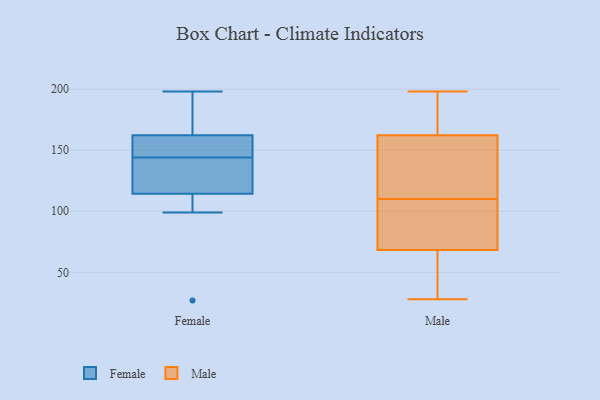
{"axis": {"x": "Bounce Rate (%)", "y": "Value"}, "legend": ["Female", "Male"], "data": [{"x": "", "y": 166, "type": "Female"}, {"x": "", "y": 198, "type": "Female"}, {"x": "", "y": 110, "type": "Female"}, {"x": "", "y": 27, "type": "Female"}, {"x": "", "y": 149, "type": "Female"}, {"x": "", "y": 144, "type": "Female"}, {"x": "", "y": 113, "type": "Female"}, {"x": "", "y": 118, "type": "Female"}, {"x": "", "y": 187, "type": "Female"}, {"x": "", "y": 99, "type": "Female"}, {"x": "", "y": 148, "type": "Female"}, {"x": "", "y": 149, "type": "Female"}, {"x": "", "y": 112, "type": "Female"}, {"x": "", "y": 151, "type": "Female"}, {"x": "", "y": 140, "type": "Female"}, {"x": "", "y": 140, "type": "Female"}, {"x": "", "y": 190, "type": "Female"}, {"x": "", "y": 134, "type": "Female"}, {"x": "", "y": 166, "type": "Female"}, {"x": "", "y": 68, "type": "Male"}, {"x": "", "y": 198, "type": "Male"}, {"x": "", "y": 187, "type": "Male"}, {"x": "", "y": 28, "type": "Male"}, {"x": "", "y": 168, "type": "Male"}, {"x": "", "y": 60, "type": "Male"}, {"x": "", "y": 145, "type": "Male"}, {"x": "", "y": 85, "type": "Male"}, {"x": "", "y": 128, "type": "Male"}, {"x": "", "y": 69, "type": "Male"}, {"x": "", "y": 110, "type": "Male"}]}